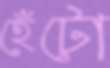
হেঁটো